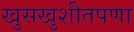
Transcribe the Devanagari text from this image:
खुसखुशीतपणा